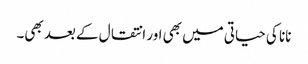
نانا کی حیاتی میں بھی اور انتقال کے بعد بھی۔